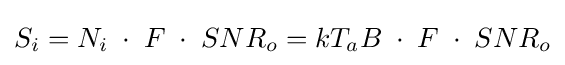
S_{i}=N_{i}\;\cdot \;F\;\cdot \;SNR_{o}=kT_{a}B\;\cdot \;F\;\cdot \;SNR_{o}